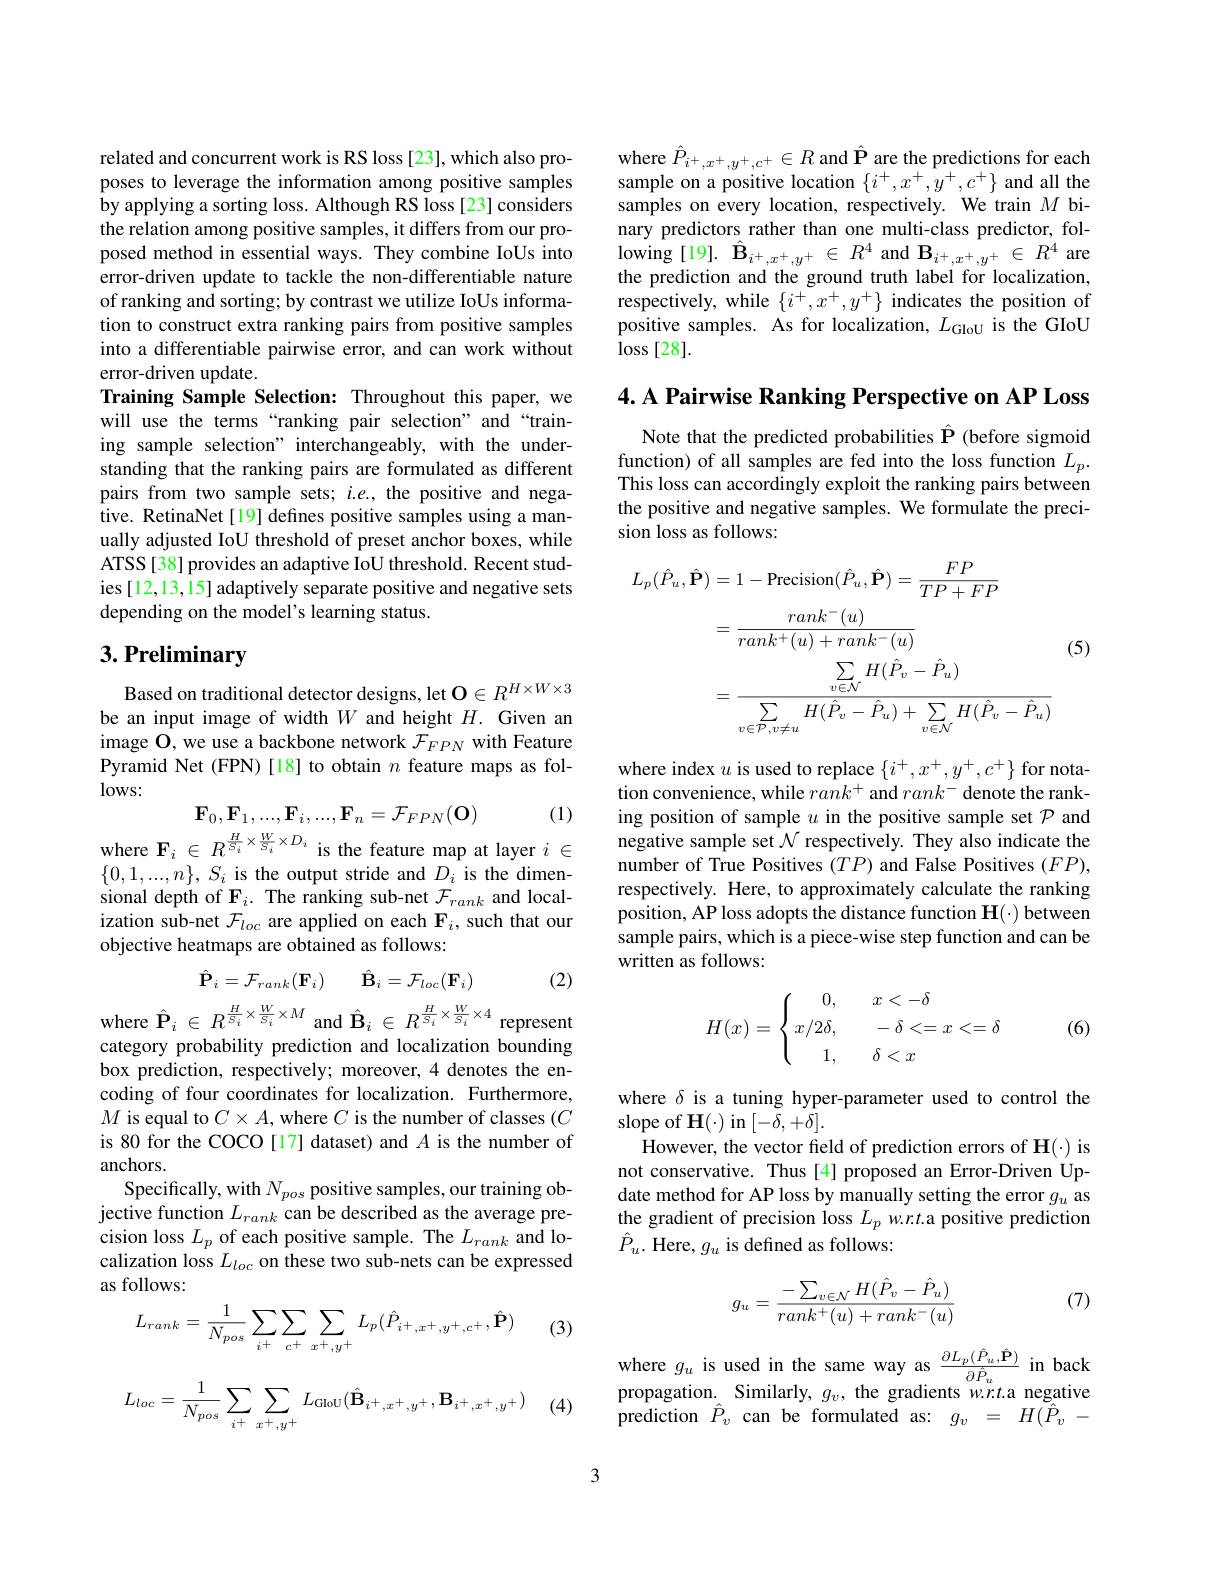
related and concurrent work is RS loss [23], which also proposes to leverage the information among positive samples by applying a sorting loss. Although RS loss[23] considers the relation among positive samples, it differs from our proposed method in essential ways. They combine IoUs into error-driven update to tackle the non-differentiable nature of ranking and sorting; by contrast we utilize IoUs information to construct extra ranking pairs from positive samples into a differentiable pairwise error, and can work without error-driven update.
Training Sample Selection: Throughout this paper, we will use the terms“ranking pair selection” and“training sample selection" interchangeably, with the understanding that the ranking pairs are formulated as different pairs from two sample sets; $i.e.$, the positive and negative. RetinaNet[19] defines positive samples using a manually adjusted IoU threshold of preset anchor boxes, while ATSS[38] provides an adaptive IoU threshold. Recent studies[12,13,15] adaptively separate positive and negative sets depending on the model's learning status.

# 3. Preliminary

Based on traditional detector designs, let $\mathbf{O}\in R^{H\times W\times3}$ be an input image of width $W$ and height $H.$ Given an image $\hat{\mathbf{O}}$, we use a backbone network $\tilde{\mathcal{F}}_{FPN}$ with Feature Pyramid Net (FPN) [18] to obtain $n$ feature maps as fol- $lows:$

(1)
where $\mathbf{F}_i\in R^{\frac H{S_i}\times\frac W{S_i}\times D_i}$ is the feature map at layer $i\in$ negative sample set $\mathcal{N}$ respectively. They also indicate the$\mathrm{where~F}_i\in R^{\frac H{S_i}\times\frac W{S_i}\times D_i}$ is the feature map at layer $i\in$ number of True Positives $(TP)$ and False Positi
$$\mathbf{F}_0,\mathbf{F}_1,...,\mathbf{F}_i,...,\mathbf{F}_n=\mathcal{F}_{FPN}(\mathbf{O})$$
$\{0,1,...,n\},S_{i}$ is the output stride and $D_i$ is the dimensional depth of $\mathbf{F}_i.$ The ranking sub-net $\mathcal{F}_rank$ and localization sub-net $\mathcal{F}_loc$ are applied on each $\mathbf{F}_i$, such that our objective heatmaps are obtained as follows:

(2)
$$\hat{\mathbf{P}}_i=\mathcal{F}_{rank}(\mathbf{F}_i)\quad\hat{\mathbf{B}}_i=\mathcal{F}_{loc}(\mathbf{F}_i)$$
where $\hat{\mathbf{P}}_i\in R^{\frac HS_i\times\frac W{S_i}\times M}$ and $\hat{\mathbf{B}}_i\in R^{\frac HS_i\times\frac W{S_i}\times4}$ represent

category probability prediction and localization bounding box prediction, respectively; moreover, 4 denotes the encoding of four coordinates for localization. Furthermore, $M$ is equal to $C\times A$, where $C$ is the number of classes $(C$ is 80 for the COCO[17] dataset) and $A$ is the number of anchors.
Specifically, with $N_{pos}$ positive samples, our training objective function $L_rank$ can be described as the average precision loss $L_p$ of each positive sample. The $L_rank$ and localization loss $L_loc$ on these two sub-nets can be expressed as follows:

(3)
$$L_{rank}=\frac{1}{N_{pos}}\sum_{i^{+}}\sum_{c^{+}}\sum_{x^{+},y^{+}}L_{p}(\hat{P}_{i^{+},x^{+},y^{+},c^{+}},\hat{\mathbf{P}})$$
$$L_{loc}=\frac{1}{N_{pos}}\sum_{i^{+}}\sum_{x^{+},y^{+}}L_{\mathrm{GIoU}}(\hat{\mathbf{B}}_{i^{+},x^{+},y^{+}},\mathbf{B}_{i^{+},x^{+},y^{+}})$$
(4)

where $\hat{P}_{i^+,x^+,y^+,c^+}\in R$ and $\hat{\mathbf{P}}$ are the predictions for each sample on a positive location $\{i^+,x^+,y^+,c^+\}$ and all the samples on every location, respectively. We train $M$ binary predictors rather than one multi-class predictor, fol- $\operatorname{lowing}\left[19\right].\hat{\mathbf{B}}_{i^+,x^+,y^+}\in R^4$ and $\mathbf{B}_i^+,x^+,y^+\in R^4$ are the prediction and the ground truth label for localization, respectively, while $\{i^+,x^+,y^+\}$ indicates the position of positive samples. As for localization, $L_\mathrm{GloU}$ is the GIoU $\log[28].$

4. A Pairwise Ranking Perspective on AP Loss

Note that the predicted probabilities $\hat{\mathbf{P}}$ (before sigmoid $\begin{array}{l}\text{function) of all samples are fed into the loss function }L_{p}.\\\text{This loss can accordingly exploit the ranking pairs between}\end{array}$ the positive and negative samples. We formulate the precision loss as follows:
$$\begin{aligned}L_{p}(\hat{P}_{u},\hat{\mathbf{P}})&=1-\mathrm{Precision}(\hat{P}_{u},\hat{\mathbf{P}})=\frac{FP}{TP+FP}\\&=\frac{rank^{-}(u)}{rank^{+}(u)+rank^{-}(u)}&\text{(5)}\\&=\frac{\sum_{v\in\mathcal{N}}H(\hat{P}_{v}-\hat{P}_{u})}{\sum_{v\in\mathcal{P},v\neq u}H(\hat{P}_{v}-\hat{P}_{u})+\sum_{v\in\mathcal{N}}H(\hat{P}_{v}-\hat{P}_{u})}\end{aligned}$$
where index $u$ is used to replace $\{i^+,x^+,y^+,c^+\}$ for notation convenience, while $rank^+$ and $rank^-$ denote the ranking position of sample $u$ in the positive sample set $\mathcal{P}$ and number of True Positives $(TP)$ and False Positives $(FP)$, respectively. Here, to approximately calculate the ranking position, AP loss adopts the distance function $\mathbf{H}(\cdot)$ between sample pairs, which is a piece-wise step function and can be written as follows:

(6)
$$H(x)=\left\{\begin{matrix}0,&\quad x<-\delta\\x/2\delta,&\quad-\delta<=x<=\delta\\1,&\quad\delta<x\end{matrix}\right.$$
where $\delta$ is a tuning hyper-parameter used to control the
slope of H(·) in $[-\dot{\delta},+\bar{\delta}].$
However, the vector field of prediction errors of $\mathbf{H}(\cdot)$ is not conservative. Thus[4] proposed an Error-Driven Update method for AP loss by manually setting the error $g_u$ as the gradient of precision loss $L_p$ w.r.t.a positive prediction $\hat{P}_u.$ Here, $g_u$ is defined as follows:
$$g_u=\frac{-\sum_{v\in\mathcal{N}}H(\hat{P}_v-\hat{P}_u)}{rank^+(u)+rank^-(u)}$$
(7)

where $g_u$ is used in the same way as $\frac\partial L_{p}(\hat{P}_{u},\hat{\mathbf{P}}){\partial\hat{P}_{u}}$ in back propagation. Similarly, $g_v$, the gradients w.r.t.a negative prediction $\hat{P}_v$ can be formulated as: $g_v=H(\tilde{\hat{P}}_v-$

3